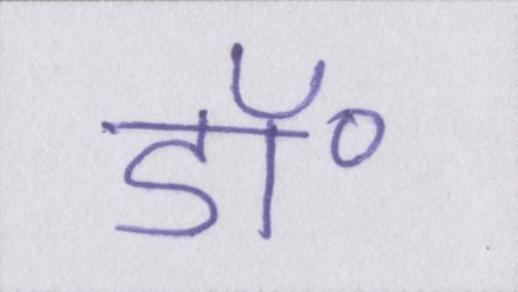
डॉ॰